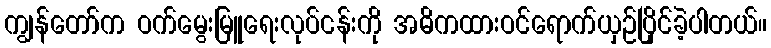
ကျွန်တော်က ဝက်မွေးမြူရေးလုပ်ငန်းကို အဓိကထားဝင်ရောက်ယှဉ်ပြိုင်ခဲ့ပါတယ်။